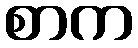
စာက